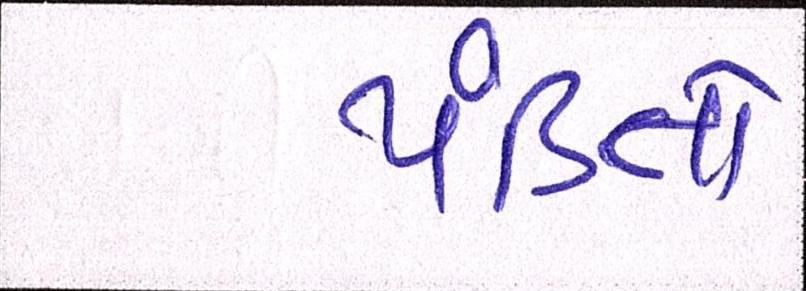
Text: પંડિતો